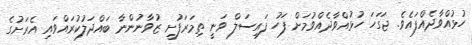
ހުޅުއްވާދެއްފައެވެ. ޖަގަހަ ހުޅުއްވާދެއްވުމަށް ފަހު ފައިސަލް ވަނީ ތިމަރަފުށީ ޒުވާނުންނާ ބައްދަލުކުރައްވައި އެރަށުގެ